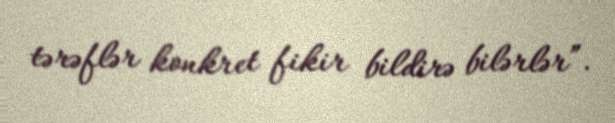
tərəflər konkret fikir bildirə bilərlər”.